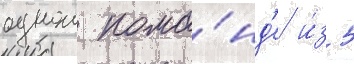
однои кома́нд'е и́з 5